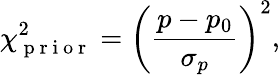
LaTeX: \chi_{\mathrm{~p~r~i~o~r~}}^{2}=\left(\frac{p-p_{0}}{\sigma_{p}}\right)^{2},